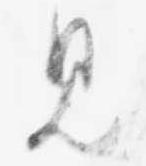
見